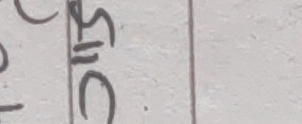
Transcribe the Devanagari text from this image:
७५